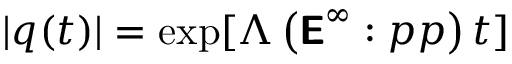
| \boldsymbol { q } ( t ) | = \exp [ \Lambda \left( \boldsymbol { \mathsf { E } } ^ { \infty } : \boldsymbol { p p } \right) t ]